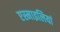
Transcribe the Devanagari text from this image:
एस्माइलियां